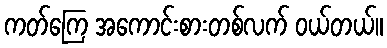
ကတ်ကြေ အကောင်းစားတစ်လက် ဝယ်တယ်။